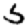
Digit: 5